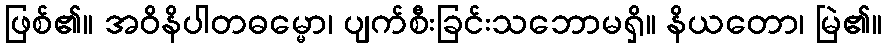
ဖြစ်၏။ အဝိနိပါတဓမ္မော၊ ပျက်စီးခြင်းသဘောမရှိ။ နိယတော၊ မြဲ၏။